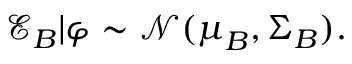
\mathcal { E } _ { B } | \boldsymbol { \varphi } \sim \mathcal { N } ( \boldsymbol \mu _ { B } , \boldsymbol { \Sigma } _ { B } ) .